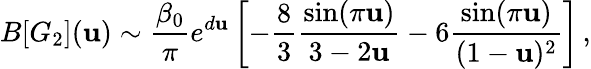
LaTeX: B[G_{2}](\mathbf{u})\sim{\frac{{\beta_{0}}}{{\pi}}}e^{d\mathbf{u}}\left[-{\frac{{8}}{{3}}}{\frac{{\sin(\pi\mathbf{u})}}{{3-2\mathbf{u}}}}-6{\frac{{\sin(\pi\mathbf{u})}}{{(1-\mathbf{u})^{2}}}}\right]\, ,